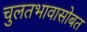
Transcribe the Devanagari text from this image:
चुलतभावासोबत